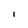
Character: 1